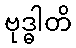
ဗုဒ္ဓါတိ